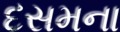
દસમના